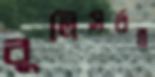
বুলিসর্বস্ব